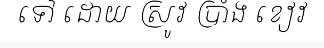
ទៅ ដោយ ស្រូវ ប្រាំង ខៀវ